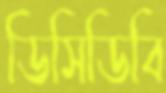
ডিসিডিবি